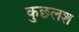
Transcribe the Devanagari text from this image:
कुछलश